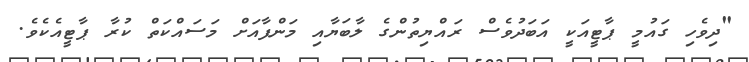
"ދިވެހި ގައުމީ ޕާޓީއަކީ އަބަދުވެސް ރައްޔިތުންގެ ލާބަޔާއި މަންފާއަށް މަސައްކަތް ކުރާ ޕާޓީއެކެވެ.